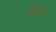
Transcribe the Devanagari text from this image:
नईर